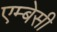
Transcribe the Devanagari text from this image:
एम्‍बेसी